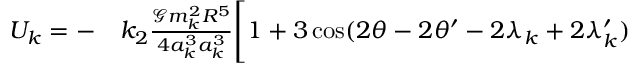
\begin{array} { r l } { U _ { k } = - } & { { } k _ { 2 } \frac { \mathcal { G } m _ { k } ^ { 2 } R ^ { 5 } } { 4 a _ { k } ^ { 3 } a _ { k } ^ { 3 } } \Bigg [ 1 + 3 \cos ( 2 \theta - 2 \theta ^ { \prime } - 2 \lambda _ { k } + 2 \lambda _ { k } ^ { \prime } ) } \end{array}